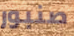
صنبور